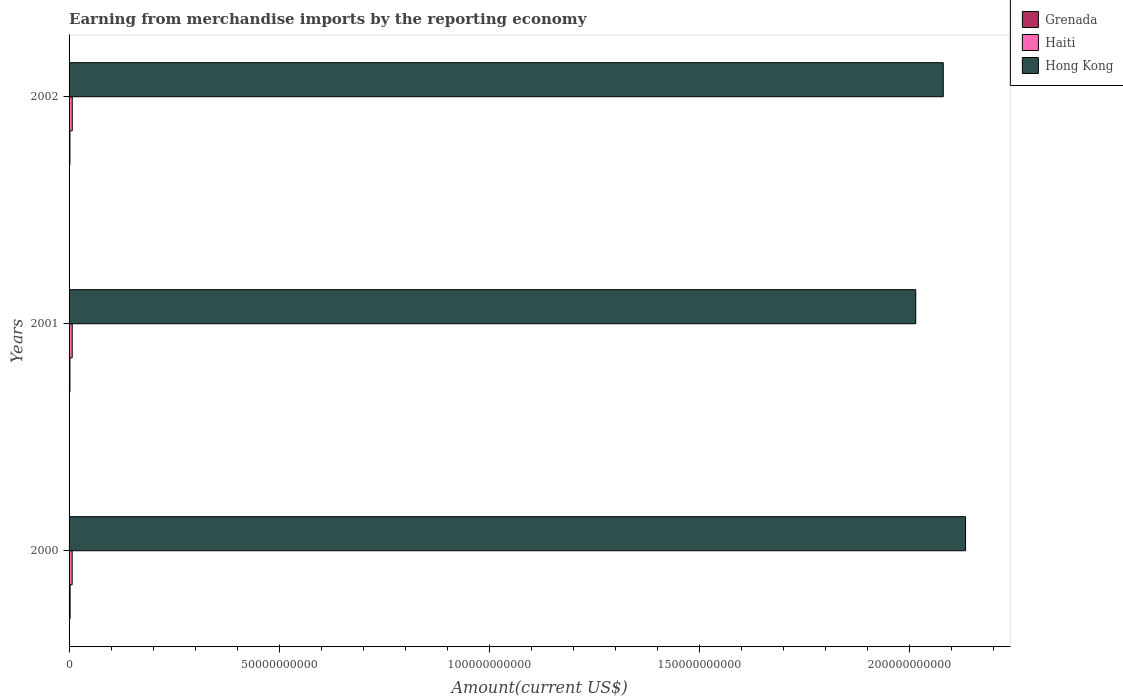
| Years | Grenada | Haiti | Hong Kong |
 | --- | --- | --- | --- |
 | 2000 | 2.46e+08 | 7.37e+08 | 2.13e+11 |
 | 2001 | 2.04e+08 | 7.49e+08 | 2.01e+11 |
 | 2002 | 2.03e+08 | 7.58e+08 | 2.08e+11 |